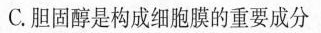
C.胆固醇是构成细胞膜的重要成分